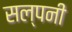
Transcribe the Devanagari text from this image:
सल्पनी